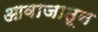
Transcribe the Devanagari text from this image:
आवाजातून